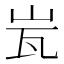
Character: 𭖋